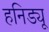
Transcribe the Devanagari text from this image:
हनिड्यू